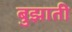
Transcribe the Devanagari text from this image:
बुझाती